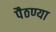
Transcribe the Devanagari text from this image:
पैठण्या